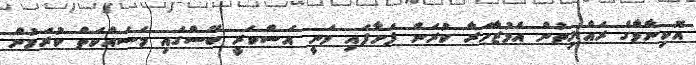
އޮކިނާވާގެ ރައްޔިތުން އެމުޒާހަރާ ކުރަން ފަށާފައި ވަނީ އަސްކަރީ ބޭސްގައި މަސައްކަތް ކުރަމުން